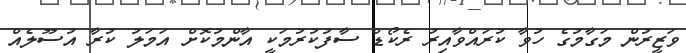
ވަޒީރުން މަގާމުގެ ހުވާ ކުރައްވާއިރު ރެކޯޑް ސާފުކުރުމަކީ އާންމުކޮށް އަމަލު ކުރާ އުސޫލެއް